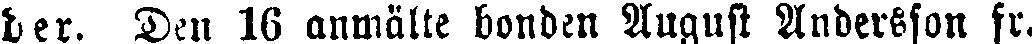
der. Den 16 anmälte bonden August Andersson fr.